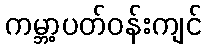
ကမ္ဘာ့ပတ်ဝန်းကျင်